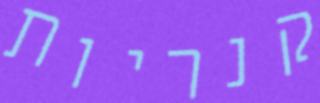
קנריות